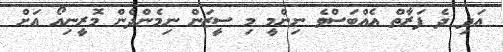
އަދި ދެ ފަރާތް އެއްބަސްވެ ނިންމީ މި ސީޒަން ނިމެންދެން މޮރީނިއޯ އަށް